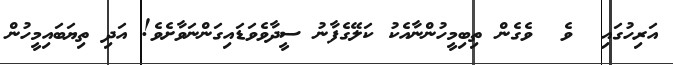
އަރިހުގައި  ވެ  ވެގެން ތިބިމީހުންނާއެކު ކަލޭގެފާނު ސީދާވެވަޑައިގަންނަވާށެވެ! އަދި ތިޔަބައިމީހުން